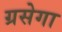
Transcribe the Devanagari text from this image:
ग्रसेगा